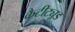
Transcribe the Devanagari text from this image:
कैटीट्यूड